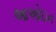
આઓદાન